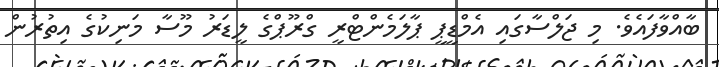
ބާއްވާފައެވެ. މި ޖަލްސާގައި އެމްޑީޕީ ޕާލަމެންޓްރީ ގްރޫޕްގެ ލީޑަރު މޫސާ މަނިކުގެ އިތުރުން